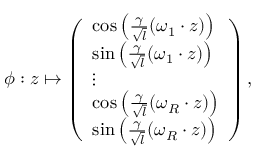
\phi : z \mapsto \left( \begin{array} { l } { \cos \left( \frac { \gamma } { \sqrt { l } } ( \omega _ { 1 } \cdot z ) \right) } \\ { \sin \left( \frac { \gamma } { \sqrt { l } } ( \omega _ { 1 } \cdot z ) \right) } \\ { \vdots } \\ { \cos \left( \frac { \gamma } { \sqrt { l } } ( \omega _ { R } \cdot z ) \right) } \\ { \sin \left( \frac { \gamma } { \sqrt { l } } ( \omega _ { R } \cdot z ) \right) } \end{array} \right) ,